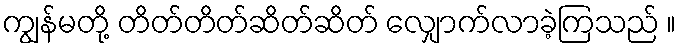
ကျွန်မတို့ တိတ်တိတ်ဆိတ်ဆိတ် လျှောက်လာခဲ့ကြသည် ။